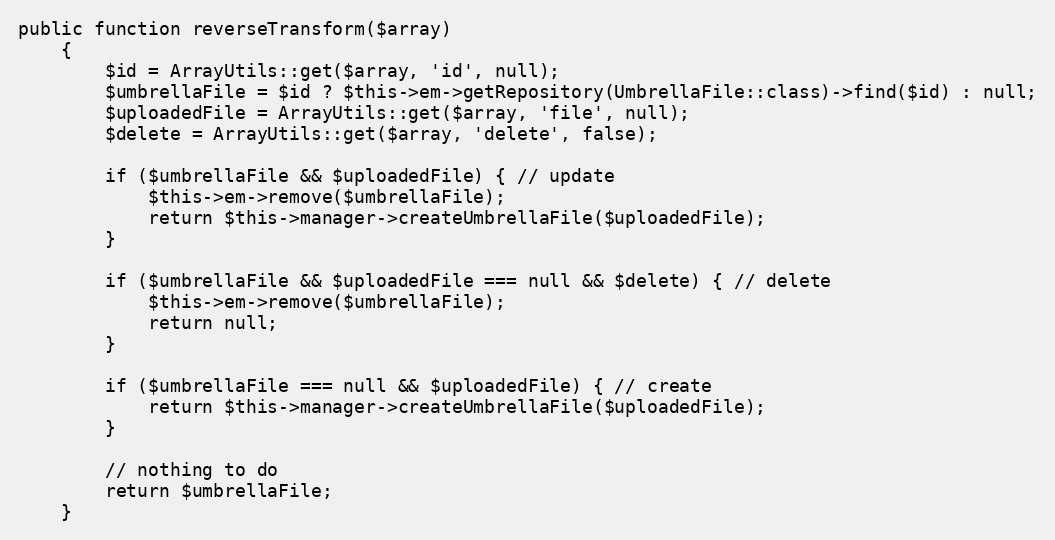
Language: PHP
public function reverseTransform($array)
    {
        $id = ArrayUtils::get($array, 'id', null);
        $umbrellaFile = $id ? $this->em->getRepository(UmbrellaFile::class)->find($id) : null;
        $uploadedFile = ArrayUtils::get($array, 'file', null);
        $delete = ArrayUtils::get($array, 'delete', false);

        if ($umbrellaFile && $uploadedFile) { // update
            $this->em->remove($umbrellaFile);
            return $this->manager->createUmbrellaFile($uploadedFile);
        }

        if ($umbrellaFile && $uploadedFile === null && $delete) { // delete
            $this->em->remove($umbrellaFile);
            return null;
        }

        if ($umbrellaFile === null && $uploadedFile) { // create
            return $this->manager->createUmbrellaFile($uploadedFile);
        }

        // nothing to do
        return $umbrellaFile;
    }